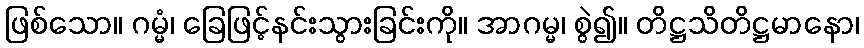
ဖြစ်သော။ ဂမ္မံ၊ ခြေဖြင့်နင်းသွားခြင်းကို။ အာဂမ္မ၊ စွဲ၍။ တိဋ္ဌသိတိဋ္ဌမာနော၊